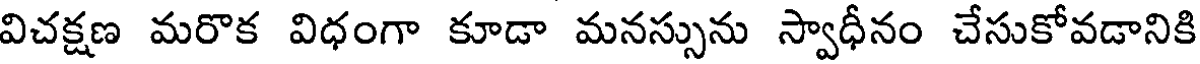
విచక్షణ మరొక విధంగా కూడా మనస్సును స్వాధీనం చేసుకోవడానికి